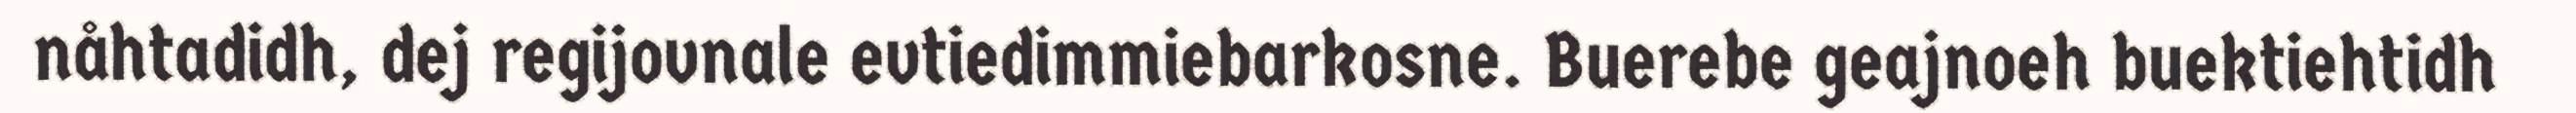
nåhtadidh, dej regijovnale evtiedimmiebarkosne. Buerebe geajnoeh buektiehtidh